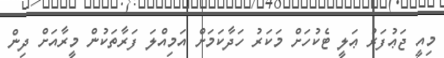
މިއީ ޖަޢުފަރު ޢަލީ ޓެކުހަށް މަކަރު ހަދާކަމަށް އަމިއްލަ ފަރާތަކުން މީރާއަށް ދިން